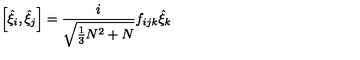
\left[ { \hat { \xi } } _ { i } , { \hat { \xi } } _ { j } \right] = \frac { i } { \sqrt { \frac { 1 } { 3 } N ^ { 2 } + N } } f _ { i j k } { \hat { \xi } } _ { k }